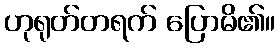
ဟုရုတ်တရက် ပြောမိ၏။